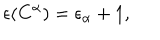
\epsilon ( C ^ { \alpha } ) = \epsilon _ { \alpha } + 1 ,